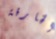
الخارقة